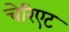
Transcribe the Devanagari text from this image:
चेरिएट